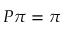
P \pi = \pi